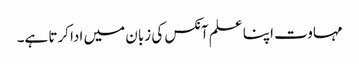
مہاوت اپنا علم آنکس کی زبان میں ادا کرتا ہے۔